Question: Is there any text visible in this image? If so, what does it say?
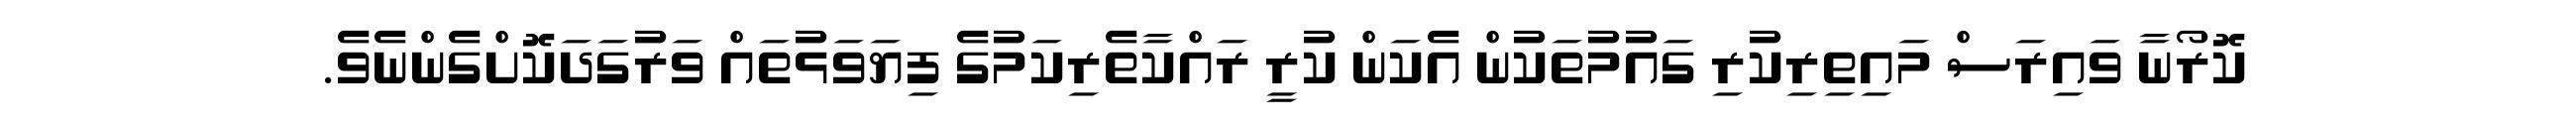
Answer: ކޮރޯނާ ވައިރަސް މައިތިރިކުރި ގައުމުތަކުން އެކަން ކުރީ ރައްކާތެރިކަމުގެ ފިޔަވަޅުތައް ވަރުގަދަކޮށްގެންނެވެ.